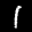
Label: 1